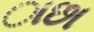
ાછા